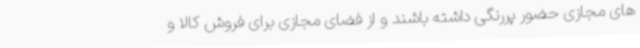
های مجازی حضور پررنگی داشته باشند و از فضای مجازی برای فروش کالا و